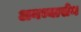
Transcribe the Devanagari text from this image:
अनभ्यासेन